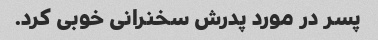
پسر در مورد پدرش سخنرانی خوبی کرد.